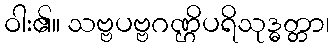
ဝါး၏။ သဗ္ဗပဗ္ဗဂဏ္ဌိပရိသုဒ္ဓတ္တာ၊